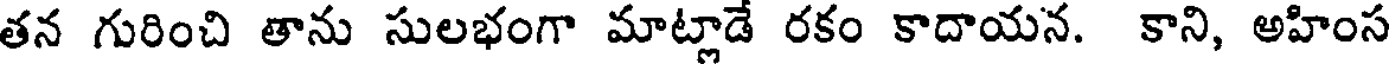
తన గురించి తాను సులభంగా మాట్లాడే రకం కాదాయన. కాని, అహింస